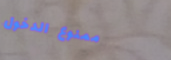
ممنوع الدخول